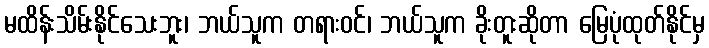
မထိန်းသိမ်းနိုင်သေးဘူး၊ ဘယ်သူက တရားဝင်၊ ဘယ်သူက ခိုးတူးဆိုတာ မြေပုံထုတ်နိုင်မှ